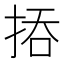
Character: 㧷